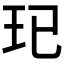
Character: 𤣱